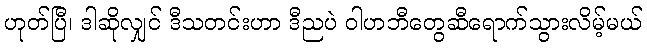
ဟုတ်ပြီ၊ ဒါဆိုလျှင် ဒီသတင်းဟာ ဒီညပဲ ဝါဟဘီတွေဆီရောက်သွားလိမ့်မယ်